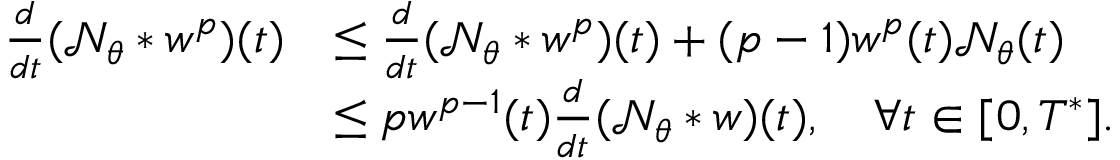
\begin{array} { r l } { \frac { d } { d t } ( \mathcal { N } _ { \theta } * w ^ { p } ) ( t ) } & { \leq \frac { d } { d t } ( \mathcal { N } _ { \theta } * w ^ { p } ) ( t ) + ( p - 1 ) w ^ { p } ( t ) \mathcal { N } _ { \theta } ( t ) } \\ & { \leq p w ^ { p - 1 } ( t ) \frac { d } { d t } ( \mathcal { N } _ { \theta } * w ) ( t ) , \quad \forall t \in [ 0 , T ^ { * } ] . } \end{array}